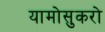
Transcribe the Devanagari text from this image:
यामोसुकरो